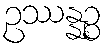
ဥဿန္နဉ္စ